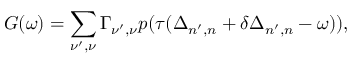
G ( \omega ) = \sum _ { \nu ^ { \prime } , \nu } \Gamma _ { \nu ^ { \prime } , \nu } p ( \tau ( \Delta _ { n ^ { \prime } , n } + \delta \Delta _ { n ^ { \prime } , n } - \omega ) ) ,